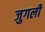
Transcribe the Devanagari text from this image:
जुगली